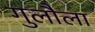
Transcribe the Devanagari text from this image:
गुलौला